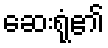
ဆေးရုံ၏